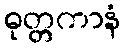
ဓုတ္တကာနံ